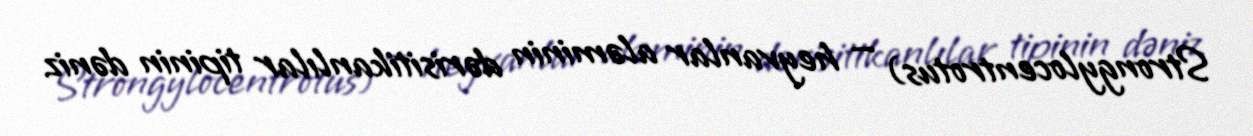
Strongylocentrotus) — heyvanlar aləminin dərisitikanlılar tipinin dəniz